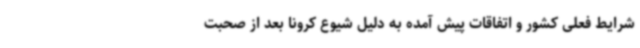
شرایط فعلی کشور و اتفاقات پیش آمده به دلیل شیوع کرونا بعد از صحبت